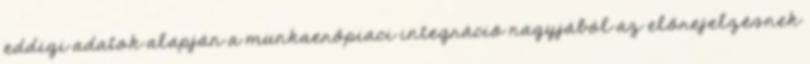
eddigi adatok alapján a munkaerőpiaci integráció nagyjából az előrejelzésnek